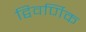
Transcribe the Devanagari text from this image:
द्विवर्णिक